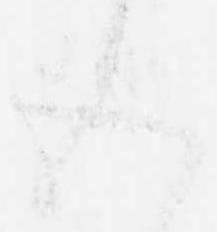
五